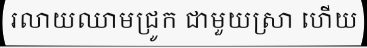
រលាយឈាមជ្រូក ជាមួយស្រា ហើយ